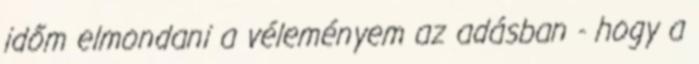
időm elmondani a véleményem az adásban - hogy a